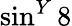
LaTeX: \sin^{Y}8